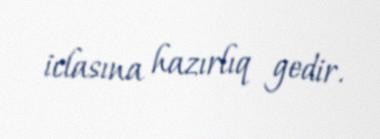
iclasına hazırlıq gedir.